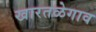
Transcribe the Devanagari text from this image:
खारतळेगाव